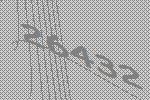
26432